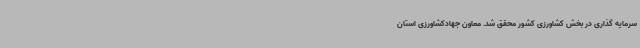
سرمایه گذاری در بخش کشاورزی کشور محقق شد. معاون جهادکشاورزی استان